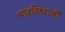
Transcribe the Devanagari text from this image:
भावविश्वाची